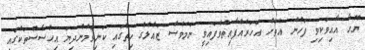
ޔޫހާ އާއިވަކިވި ފަހުން އެތަށް އަހަރެއްފާއިތުވެފައިވީ ނަމަވެސް ޒައުލްގެ ހިތުގައި ކަނިވަމުންދިޔަ އިޙްސާސްތަކުގައި